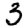
Digit: 3